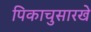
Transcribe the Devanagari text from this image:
पिकाचुसारखे